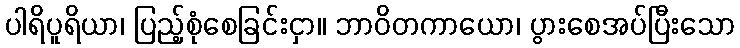
ပါရိပူရိယာ၊ ပြည့်စုံစေခြင်းငှာ။ ဘာဝိတကာယော၊ ပွားစေအပ်ပြီးသော